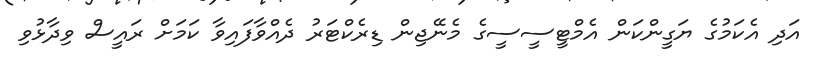
އަދި އެކަމުގެ ޔަގީންކަން އެމްޓީސީސީގެ މެނޭޖިން ޑިރެކްޓަރު ދެއްވާފައިވާ ކަމަށް ރައީސް ވިދާޅުވި